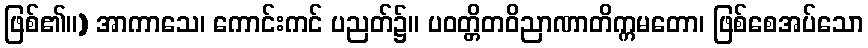
ဖြစ်၏။) အာကာသေ၊ ကောင်းကင် ပညတ်၌။ ပဝတ္တိတဝိညာဏာတိက္ကမတော၊ ဖြစ်စေအပ်သော